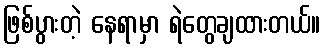
ဖြစ်ပွားတဲ့ နေရာမှာ ရဲတွေချထားတယ်။